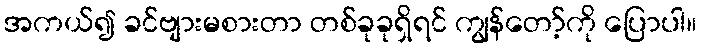
အကယ်၍ ခင်ဗျားမစားတာ တစ်ခုခုရှိရင် ကျွန်တော့်ကို ပြောပါ။